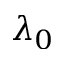
\lambda _ { 0 }